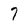
Character: 7